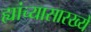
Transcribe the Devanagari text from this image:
ह्यांच्यासारख्ये